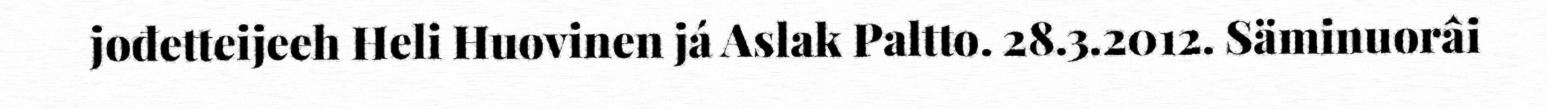
jođetteijeeh Heli Huovinen já Aslak Paltto. 28.3.2012. Säminuorâi